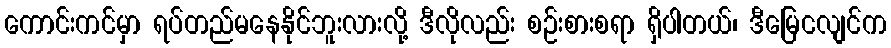
ကောင်းကင်မှာ ရပ်တည်မနေနိုင်ဘူးလားလို့ ဒီလိုလည်း စဉ်းစားစရာ ရှိပါတယ်၊ ဒီမြေငလျင်က